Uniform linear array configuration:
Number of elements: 64
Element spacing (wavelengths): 0.5
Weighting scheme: kaiser
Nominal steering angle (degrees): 0
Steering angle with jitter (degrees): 0.3481
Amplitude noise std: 0.05
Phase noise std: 0.05

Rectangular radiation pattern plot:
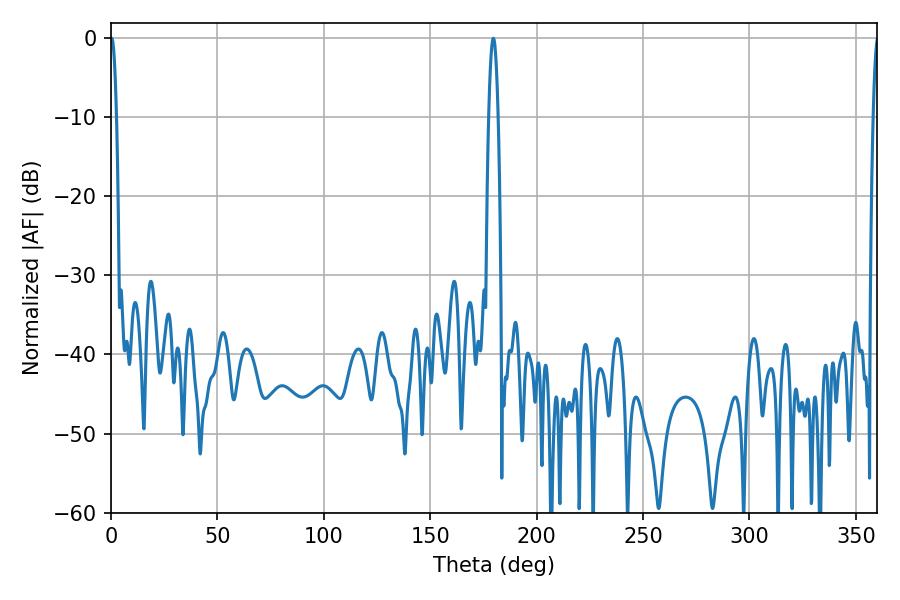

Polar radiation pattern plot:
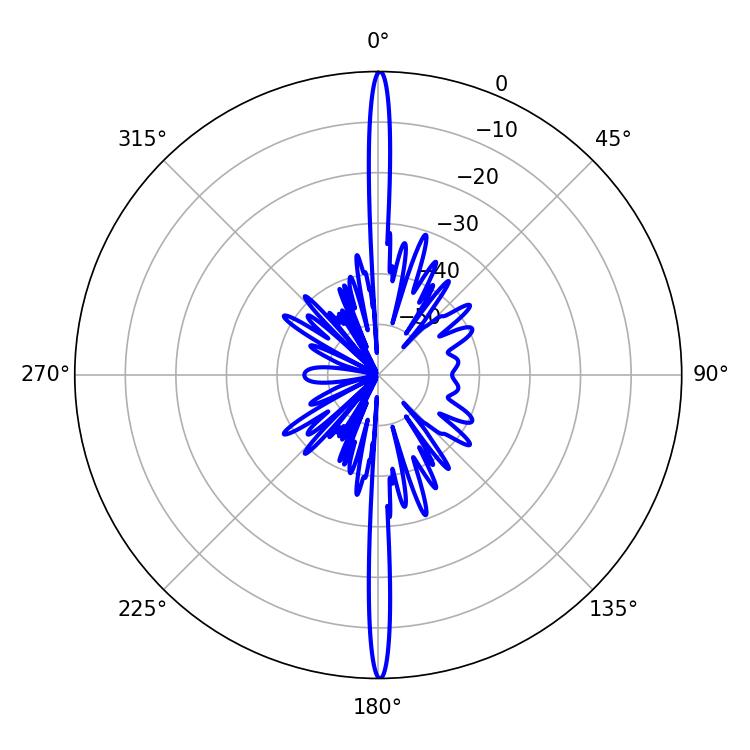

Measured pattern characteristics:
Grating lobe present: FALSE
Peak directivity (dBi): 34.888
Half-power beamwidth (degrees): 2.34
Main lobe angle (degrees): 179.64